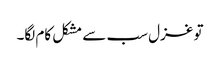
تو غزل سب سے مشکل کام لگا۔